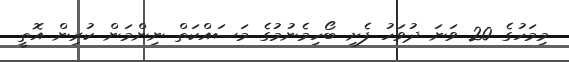
މިމަހުގެ 20 ވަނަ ދުވަހު ފެށި ބޯހިމެނުމުގެ މަސައްކަތް ނިންމަން ކުރިން އޮތީ